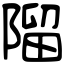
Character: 𨻧